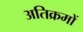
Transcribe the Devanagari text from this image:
अतिक्रमों